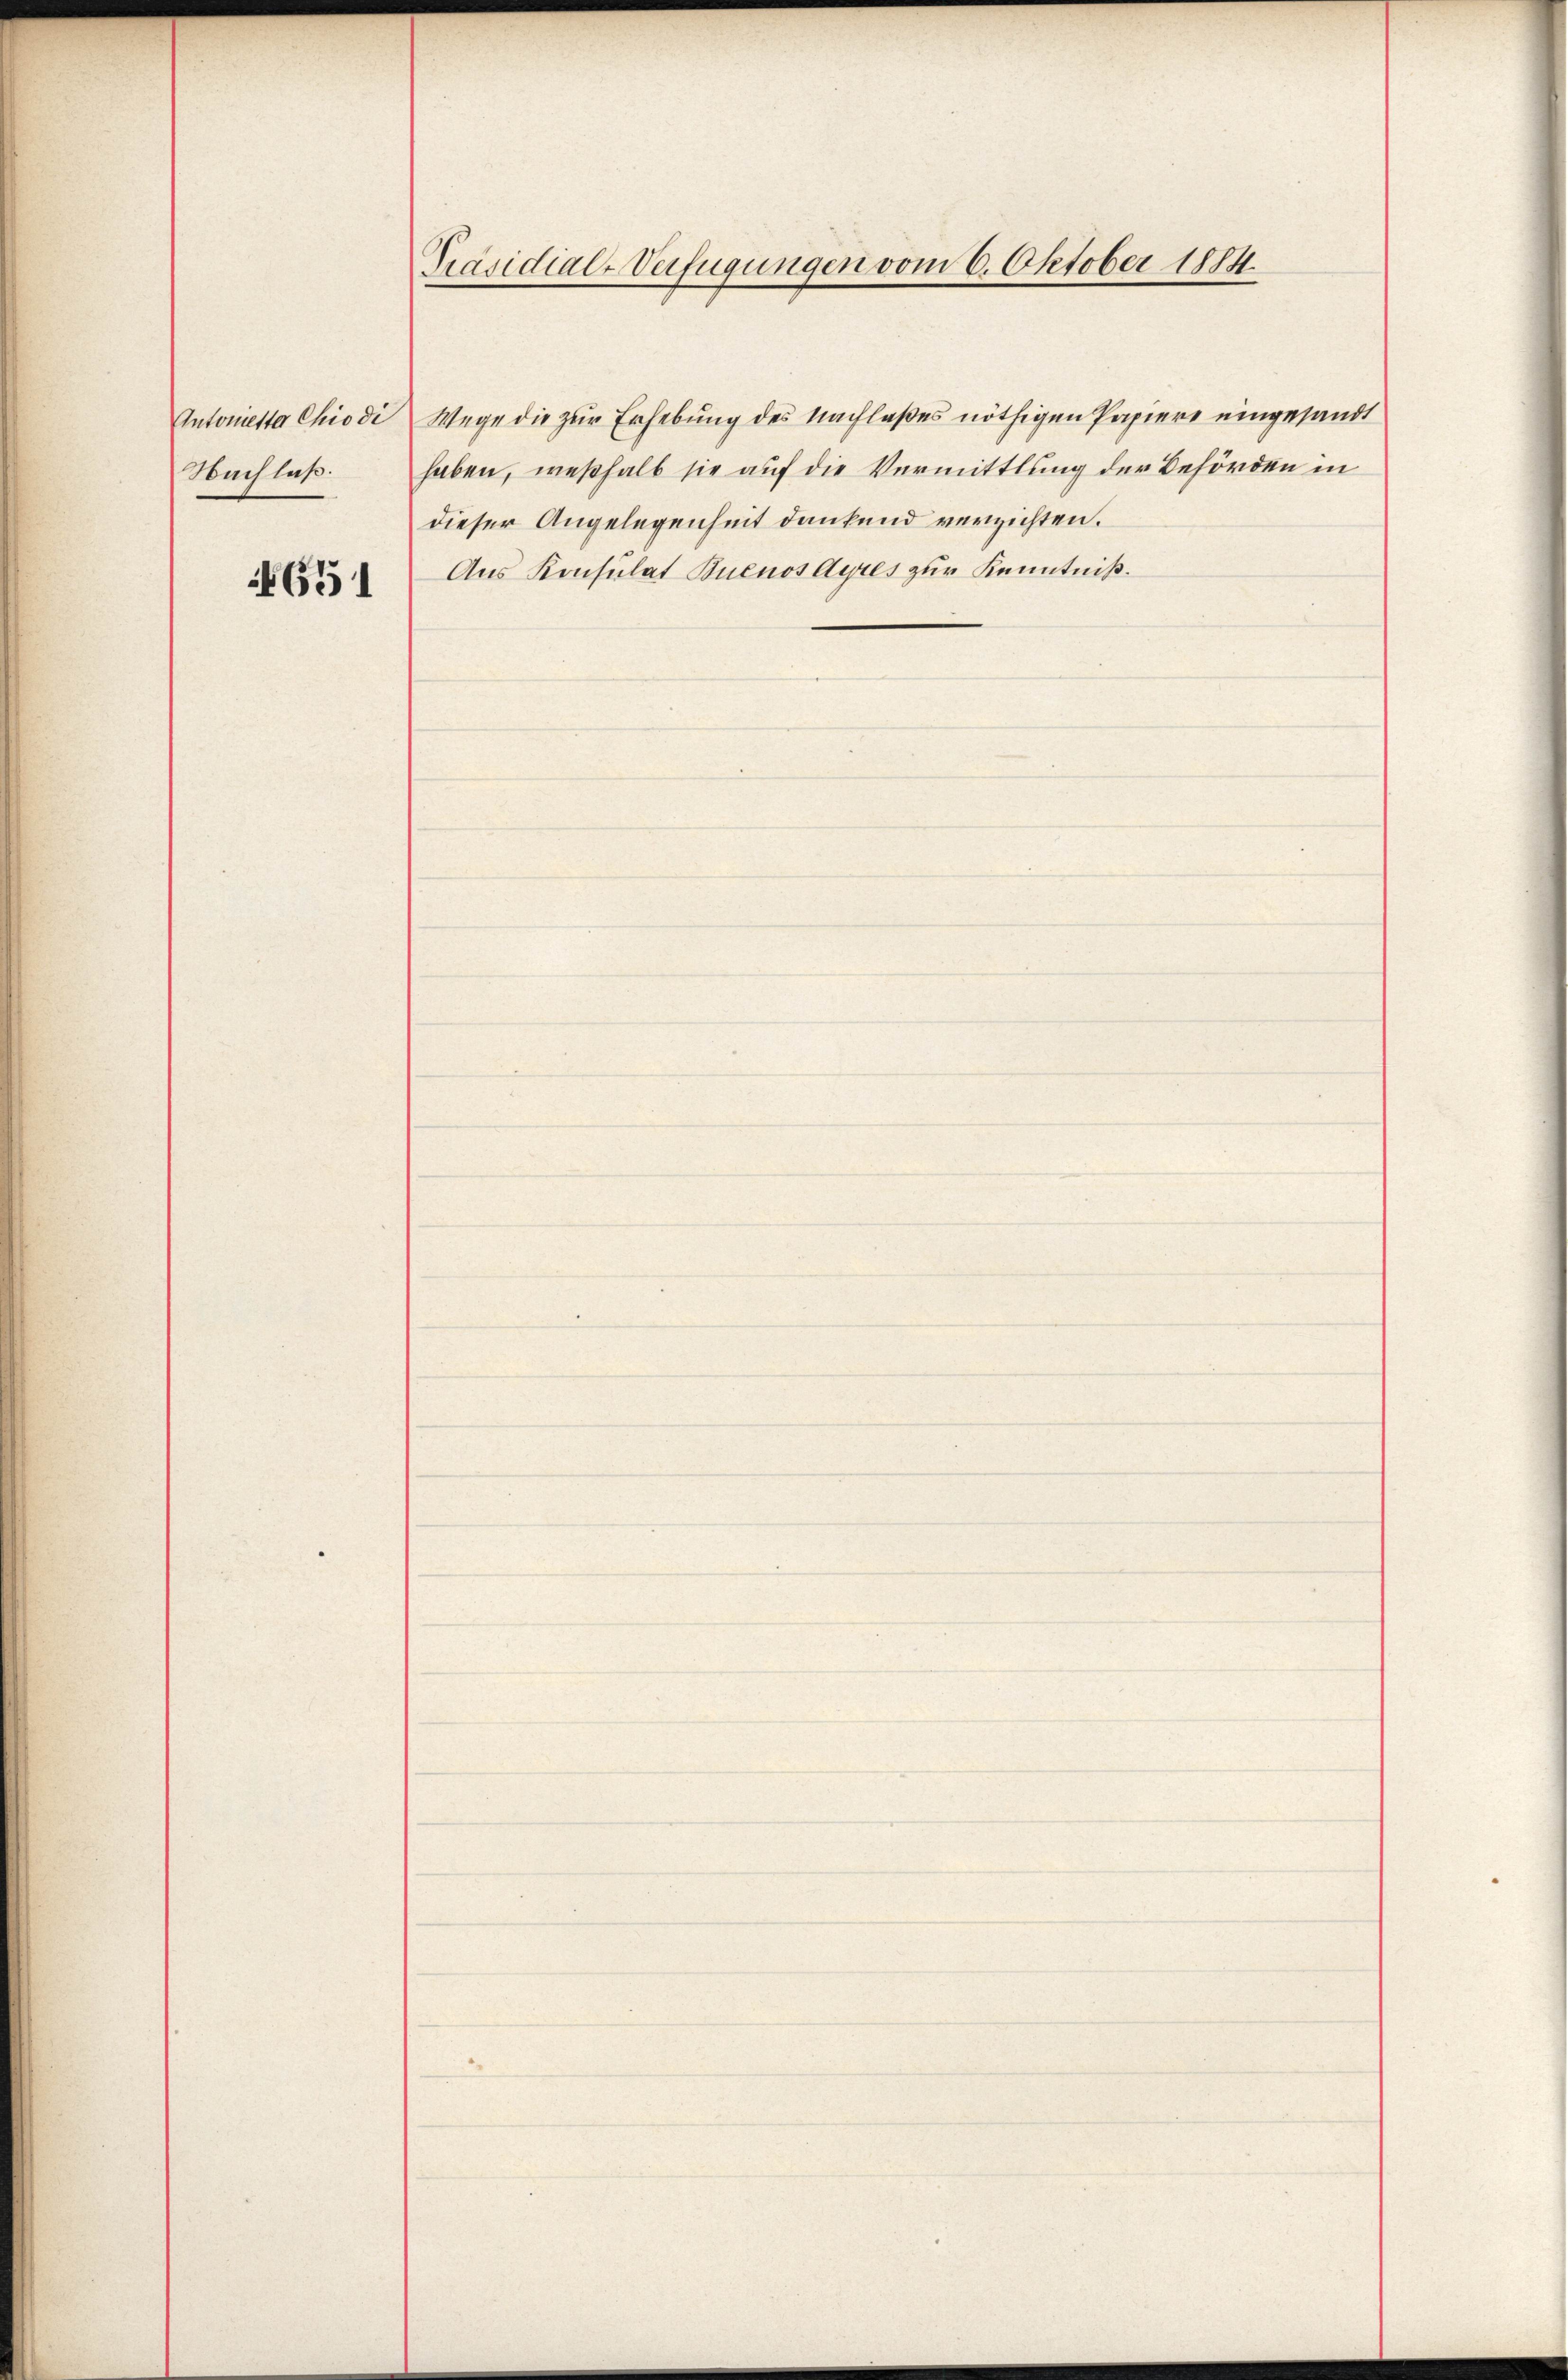
Nachlaß.

4651

Präsidial-Verfügungen vom 6. Oktober 1884.

Antonietta Chiodi Wege die zur Erhebung des Nachlaßes nöthigen Papiere eingesandt
haben, weßhalb sie auf die Vermittlung der Behörden in
dieser Angelegenheit dankend verzichten.
Aus Konsulat Buenos Ayres zur Kenntniß.